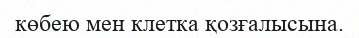
көбею мен клетка қозғалысына.